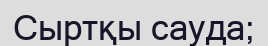
Сыртқы сауда;